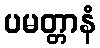
ပမတ္တာနံ